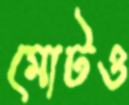
মোটও